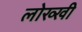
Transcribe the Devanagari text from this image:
लोख्खी